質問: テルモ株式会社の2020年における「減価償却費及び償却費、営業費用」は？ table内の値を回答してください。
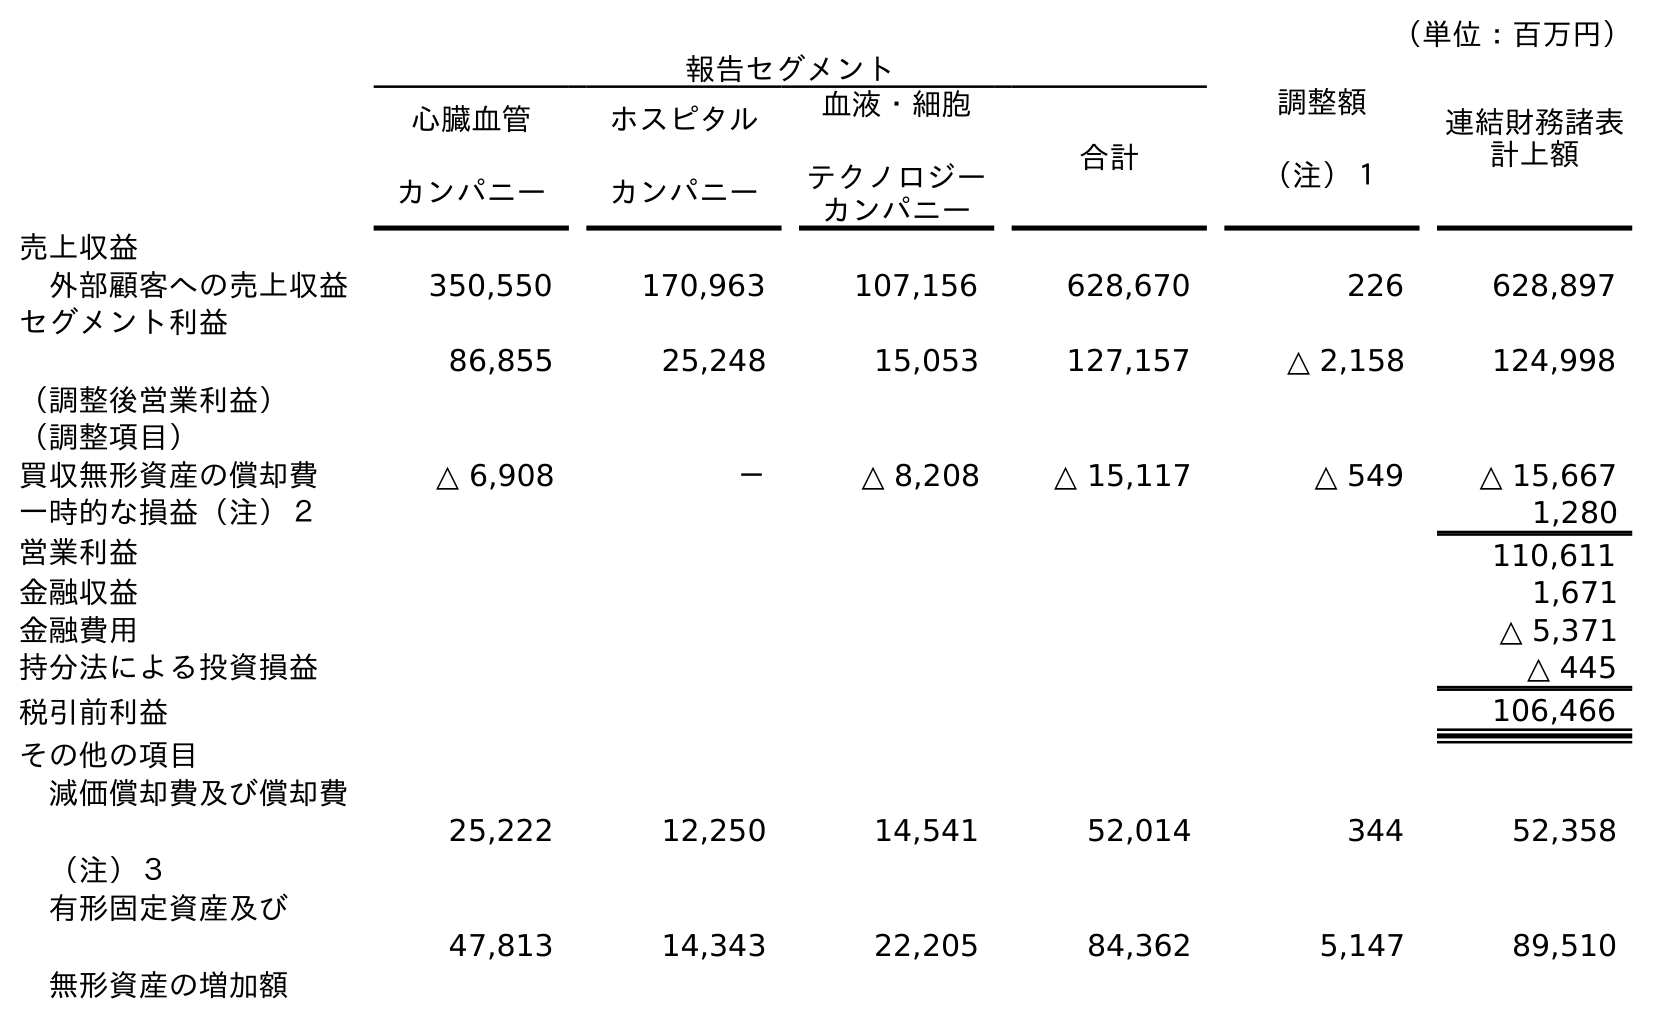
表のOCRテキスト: （単位：百万円） 報告セグメント 調整額 （注）１ 連結財務諸表 計上額 心臓血管 カンパニー ホスピタル カンパニー 血液・細胞 テクノロジー カンパニー 合計 売上収益 外部顧客への売上収益 350,550 170,963 107,156 628,670 226 628,897 セグメント利益 （調整後営業利益） 86,855 25,248 15,053 127,157 △ 2,158 124,998 （調整項目） 買収無形資産の償却費 △ 6,908 － △ 8,208 △ 15,117 △ 549 △ 15,667 一時的な損益（注）２ 1,280 営業利益 110,611 金融収益 1,671 金融費用 △ 5,371 持分法による投資損益 △ 445 税引前利益 106,466 その他の項目 減価償却費及び償却費 （注）３ 25,222 12,250 14,541 52,014 344 52,358 有形固定資産及び 無形資産の増加額 47,813 14,343 22,205 84,362 5,147 89,510
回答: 52,358